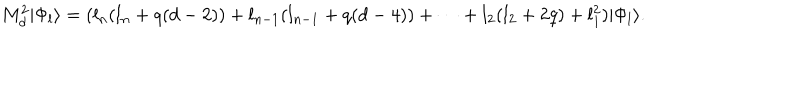
M _ { d } ^ { 2 } | \Phi _ { l } \rangle = ( l _ { n } ( l _ { n } + q ( d - 2 ) ) + l _ { n - 1 } ( l _ { n - 1 } + q ( d - 4 ) ) + \dots + l _ { 2 } ( l _ { 2 } + 2 q ) + l _ { 1 } ^ { 2 } ) | \Phi _ { l } \rangle .